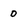
Character: 0